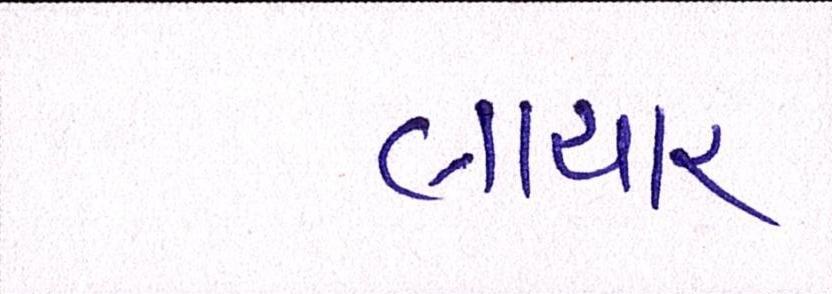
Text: લાચાર